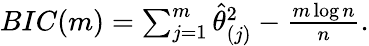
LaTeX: \begin{array}{r}{BIC(m)=\sum_{j=1}^{m}\widehat{\theta}_{(j)}^{2}-\frac{m\log n}{n}.}\end{array}